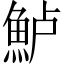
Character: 𫙔